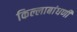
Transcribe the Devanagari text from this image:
किल्लाबांधणी